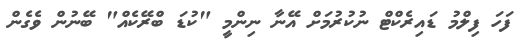
ފަހަ ފިލްމު ޑައިރެކްޓް ނުކުރުމަށް އޭނާ ނިންމީ "ކުޑަ ބްރޭކެއް" ބޭނުން ވެގެން